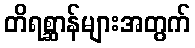
တိရစ္ဆာန်များအတွက်